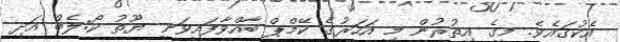
އެކުގައެވެ. މީގެ އިތުރުން މި އަހަރުގެ ކޭމްޕް ބާއްވާފައިވަނީ ޔޫތު ކޯ:ލެބް އަދި